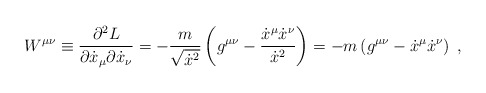
\begin{align*}W^{\mu \nu} \equiv \frac{\partial^2 L}{\partial \dot x_\mu \partial \dot x_\nu} = - \frac{m}{\sqrt{\dot x^2}} \left( g^{\mu \nu} - \frac{\dot x^\mu \dot x^\nu}{\dot x^2} \right) = - m \left( g^{\mu \nu} - \dot x^\mu \dot x^\nu \right)\; ,\end{align*}